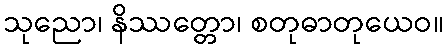
သုညော၊ နိဿတ္တော၊ စတုဓာတုယေဝ။